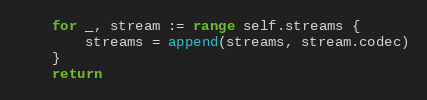
Language: Go
	for _, stream := range self.streams {
		streams = append(streams, stream.codec)
	}
	return